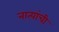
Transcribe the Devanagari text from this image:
नात्यांची